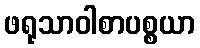
ဖရုသာဝါစာပစ္စယာ